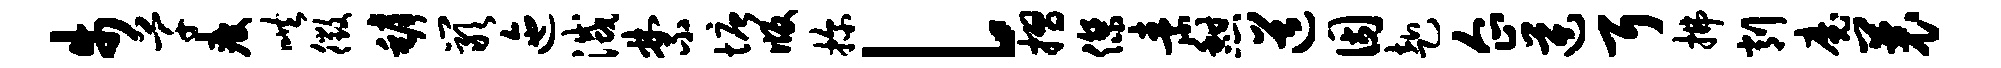
步芊疲哄徵罅岩迤灭禁塘版探l摺杰素憩道因赴企逆耳拂削魔曩